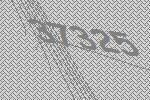
37325